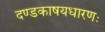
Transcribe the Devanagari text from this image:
दण्डकाषयधारणः